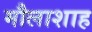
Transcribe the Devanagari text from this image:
मौलाशाह